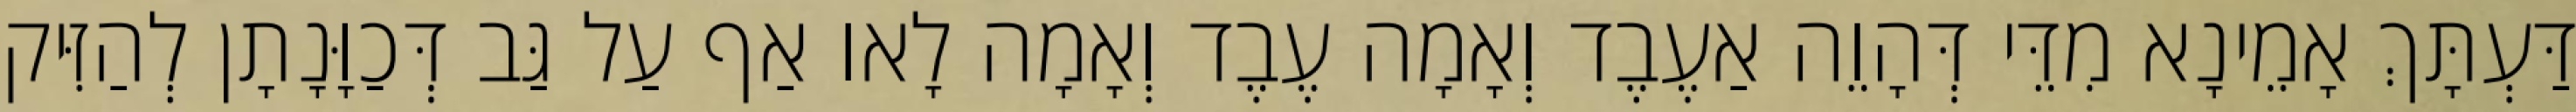
דַּעְתָּךְ אָמֵינָא מִדֵּי דְּהָוֵה אַעֶבֶד וְאָמָה עֶבֶד וְאָמָה לָאו אַף עַל גַּב דְּכַוָּנָתָן לְהַזִּיק